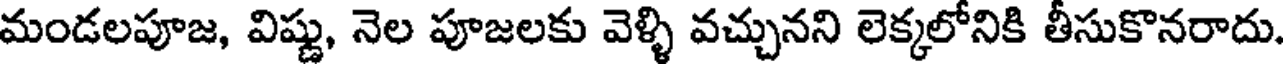
మండలపూజ, విష్ణు, నెల పూజలకు వెళ్ళి వచ్చునని లెక్కలోనికి తీసుకొనరాదు.